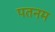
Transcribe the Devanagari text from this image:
पतनम